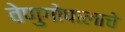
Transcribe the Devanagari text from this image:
वेणुगोपालाचे